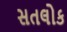
સતલોક